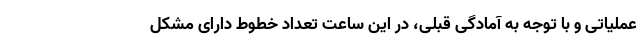
عملیاتی و با توجه به آمادگی قبلی، در این ساعت تعداد خطوط دارای مشکل